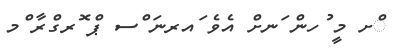
ްށ މީ ުހން ަނށް އެވެ ައރނަ ްސ ޕް ޮރގްރާ ްމ